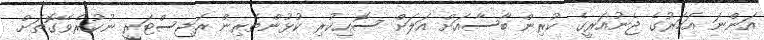
އަންނަ އަހަރުގެ ޖެނުއަރީގެ ކުރިން ބާސާއަށް އަލަށް ސޮއިިކުރި ކުޅުންތެރިން ރަޖިސްޓަރީ ނުކުރެވޭގޮތަށް